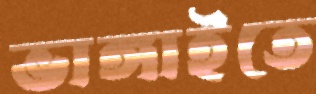
ভাঙ্গাইতে